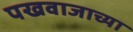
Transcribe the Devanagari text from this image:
पखवाजाच्या